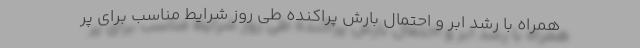
همراه با رشد ابر و احتمال بارش پراکنده طی روز شرایط مناسب برای پر